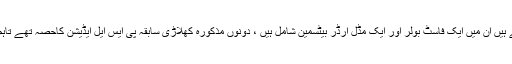
ذرائع کے مطابق جن دو کھلاڑیوں کے نام سامنے آئے ہیں ان میں ایک فاسٹ بولر اور ایک مڈل آرڈر بیٹسمین شامل ہیں ، دونوں مذکورہ کھلاڑی سابقہ پی ایس ایل ایڈیشن کاحصہ تھے تاہم وہ چیمپئنز ٹرافی جیتنے والی ٹیم میں شامل نہیں تھے۔